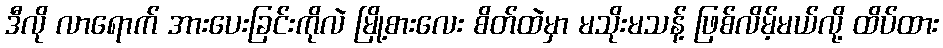
ဒီလို လာရောက် အားပေးခြင်းကိုလဲ မြို့စားလေး စိတ်ထဲမှာ မသိုးမသန့် ဖြစ်လိမ့်မယ်လို့ ထိပ်ထား